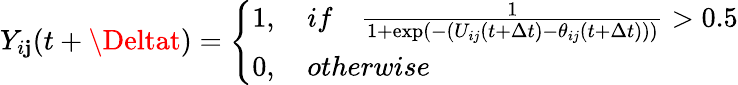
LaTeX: Y_{i\mathbf{j}}(t+\Deltat)=\left\{ \begin{array}{l}{1,\quad{if}\quad\frac{1}{1+\exp\left(-\left(U_{ij}(t+\Delta t)-\theta_{ij}(t+\Delta t)\right)\right)}>0.5}\\ {0,\quad{otherwise}}\end{array}\right.